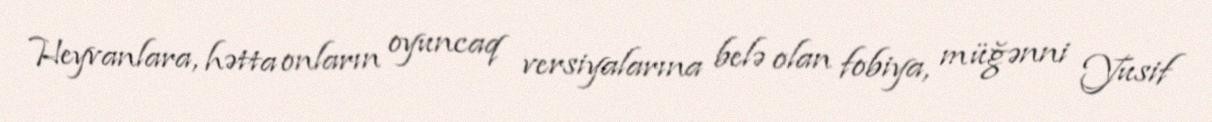
Heyvanlara, hətta onların oyuncaq versiyalarına belə olan fobiya, müğənni Yusif